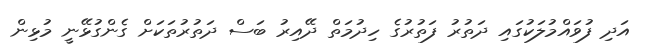
އަދި ފުވައްމުލަކުގައި ދަތުރު ފަތުރުގެ ހިދުމަތް ދޭއިރު ބަސް ދަތުރުތަކަށް ގެންގުޅޭނީ މުޅިން